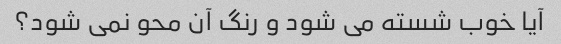
آیا خوب شسته می شود و رنگ آن محو نمی شود؟